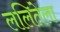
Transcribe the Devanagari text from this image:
ललितेला